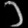
Digit: ၁